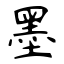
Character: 墨